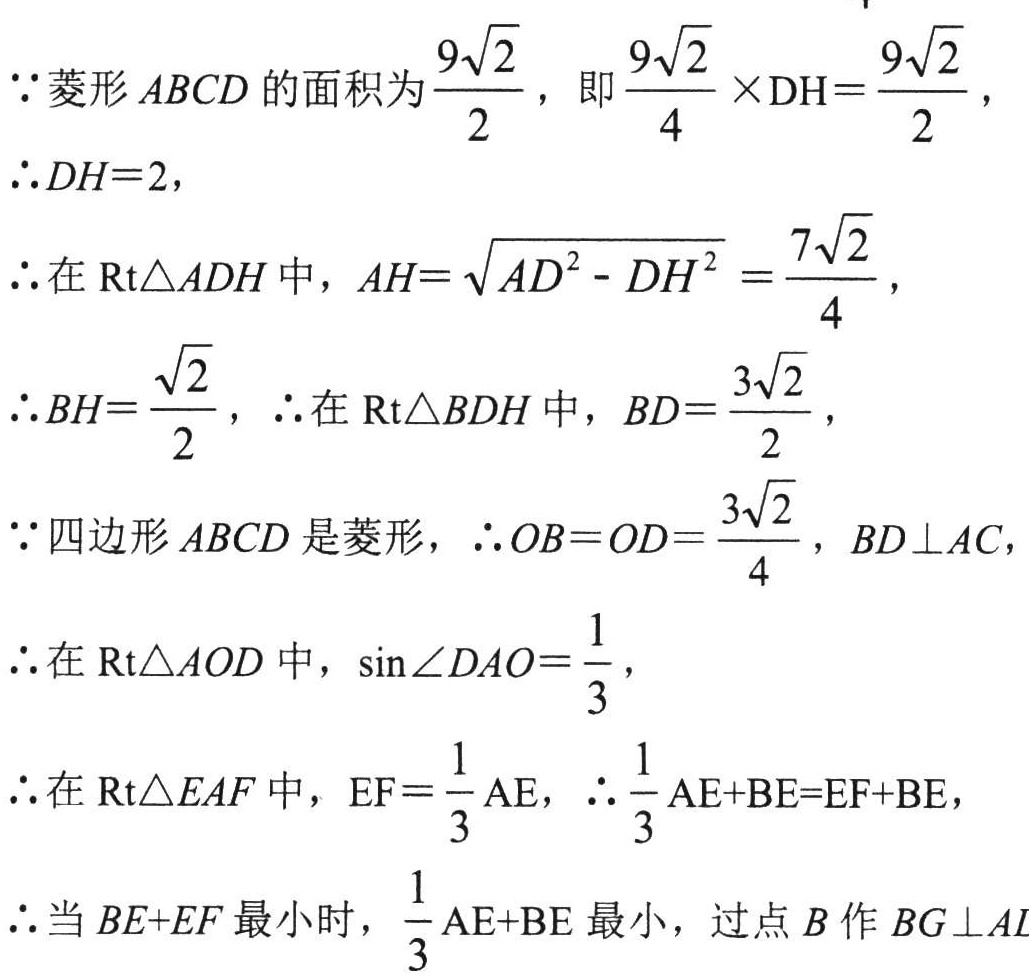
$\because$菱形$ABCD$的面积为$\frac{9\sqrt{2}}{2}$，即$\frac{9\sqrt{2}}{4} \times \mathrm{DH}=\frac{9\sqrt{2}}{2}$，
$\therefore DH = 2$，
$\therefore$在$\mathrm{Rt} \triangle ADH$中，$AH=\sqrt{AD^{2}-DH^{2}}=\frac{7\sqrt{2}}{4}$，
$\therefore BH=\frac{\sqrt{2}}{2}$，$\therefore$在$\mathrm{Rt} \triangle BDH$中，$BD=\frac{3\sqrt{2}}{2}$，
$\because$四边形$ABCD$是菱形，$\therefore OB = OD=\frac{3\sqrt{2}}{4}$，$BD \perp AC$，
$\therefore$在$\mathrm{Rt} \triangle AOD$中，$\sin \angle DAO=\frac{1}{3}$，
$\therefore$在$\mathrm{Rt} \triangle EAF$中，$EF=\frac{1}{3}AE$，$\therefore \frac{1}{3}AE + BE=EF + BE$，
$\therefore$当$BE + EF$最小时，$\frac{1}{3}AE + BE$最小，过点$B$作$BG \perp AL$